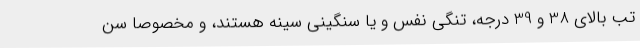
تب بالای 38 و 39 درجه، تنگی نفس و یا سنگینی سینه هستند، و مخصوصا سن